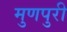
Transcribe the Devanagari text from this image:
मुणपुरी